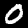
Label: 0